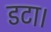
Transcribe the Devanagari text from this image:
डटा।